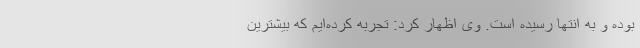
بوده و به انتها رسیده است. وی اظهار کرد: تجربه کرده‌ایم که بیشترین